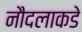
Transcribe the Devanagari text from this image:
नौदलाकडे